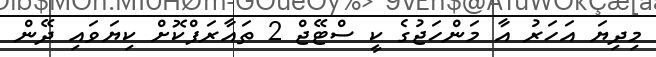
މިދިޔަ އަހަރު އާ މަންހަޖުގެ ކީ ސްޓޭޖް 2 ތައާރަފްކޮށް ކިޔަވައި ދޭން